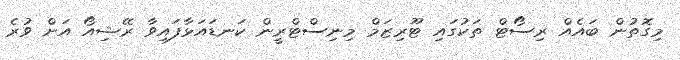
މިގޮތުން ބައެއް ރިސޯޓް ތަކުގައި ޓޫރިޒަމް މިނިސްޓްރީން ކަނޑައަޅާފައިވާ ރޭޝިއޯ އަށް ވުރެ